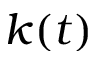
k ( t )